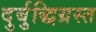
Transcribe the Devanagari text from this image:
दुर्बुद्धिग्रस्त